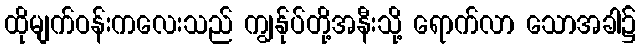
ထိုမျက်ဝန်းကလေးသည် ကျွန်ုပ်တို့အနီးသို့ ရောက်လာ သောအခါ၌